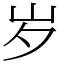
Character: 岁